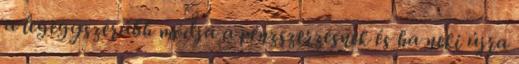
a legegyszerűbb módja a pénzszerzésnek és ha neki újra